Vaccination in Bombay 1902-1912 - 1902-1912
Year: 1902
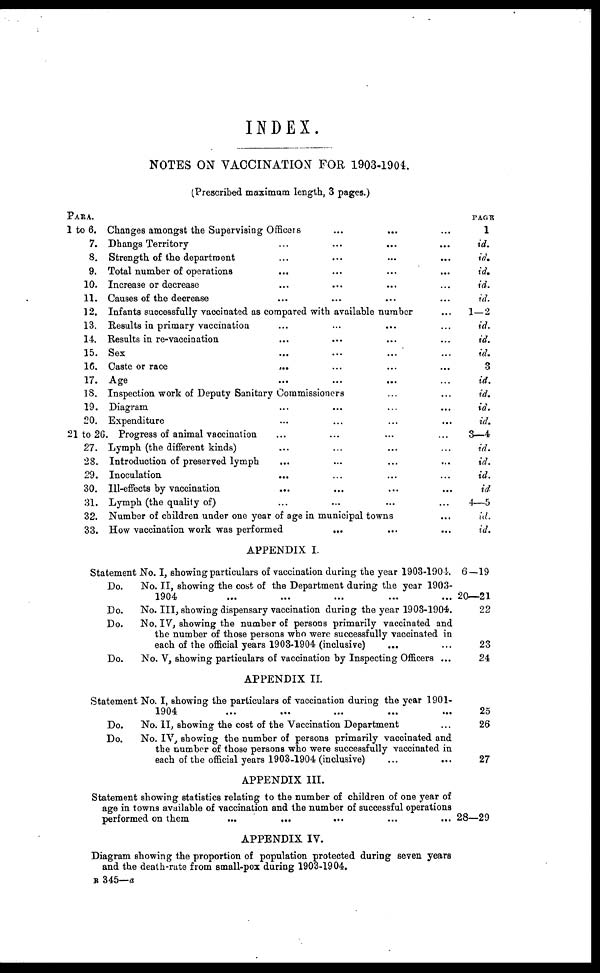
INDEX.
NOTES ON VACCINATION FOR 1903-1904.
(Prescribed maximum length, 3 pages.)
PARA.
1 to 6.
7.
8.
9.
10.
11.
12.
13.
14.
15.
16.
17.
18.
19.
20.
21 to 26.
27.
28.
29.
30.
31.
32.
33.
Changes amongst the Supervising Officers
...
...
...
Dhangs Territory
...
...
...
...
Strength of the department ... ... ... ...
Total number of operations ... ... ... ...
Increase or decrease ... ... ... ...
Causes of the decrease ... ... ... ...
Infants successfully vaccinated as compared with available number ...
Results in primary vaccination ... ... ... ...
Results in re-vaccination ... ... ... ...
Sex ... ... ... ...
Caste or race
...
...
... ...
Age ... ... ... ...
Inspection work of Deputy Sanitary Commissioners ... ... ...
Diagram ... ... ... ...
Expenditure ... ... ... ...
Progress of animal vaccination ... ... ... ...
Lymph (the different kinds) ... ... ... ...
Introduction of preserved lymph ... ... ... ...
Inoculation ... ...... ...
Ill-effects by vaccination ... ... ... ...
Lymph (the quality of) ... ... ... ...
Number of children under one year of age in municipal towns ...
How vaccination work was performed
... ... ...
APPENDIX I.
Statement No. I, showing particulars of vaccination during the year 1903-1904.
Do.
No. II, showing the cost of the Department during the year 1903-
1904
Do.
No. III, showing dispensary vaccination during the year 1903-1904.
Do.
No. IV, showing the number of persons primarily vaccinated and
the number of those persons who were successfully vaccinated in
each of the official years 1903-1904 (inclusive)
Do.
No. V, showing particulars of vaccination by Inspecting Officers ...
APPENDIX II.
Statement No. I, showing the particulars of vaccination during the year 1901-
1904
...
...
...
...
...
Do.
No. II, showing the cost of the Vaccination Department ...
Do.
No. IV, showing the number of persons primarily vaccinated and
the number of those persons who were successfully vaccinated in
each of the official years 1903-1904 (inclusive)
...
...
APPENDIX III.
Statement showing statistics relating to the number of children of one year of
age in towns available of vaccination and the number of successful operations
performed on them
... ... ... ...
APPENDIX IV.
Diagram showing the proportion of population protected during seven years
and the death-rate from small-pox during 1903-1904.
PAGE
1
id.
id.
id.
id.
id.
1—2
id.
id.
id.
3
id.
id.
id.
id.
3—4
id.
id.
id.
id
4—5
id.
id.
6-19
20—21
22
23
24
25
26
27
28—29
B 345—a